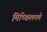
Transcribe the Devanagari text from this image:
मिष्किलपणे